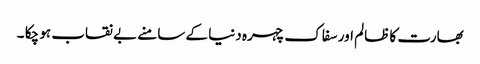
بھارت کا ظالم اور سفاک چہرہ دنیا کے سامنے بے نقاب ہو چکا ۔